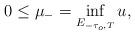
\begin{align*}0\le\mu_-=\inf_{E_{-\tau_o,T}} u,\end{align*}